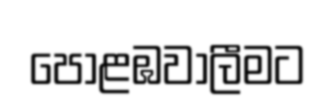
පොළඹවාලීමට